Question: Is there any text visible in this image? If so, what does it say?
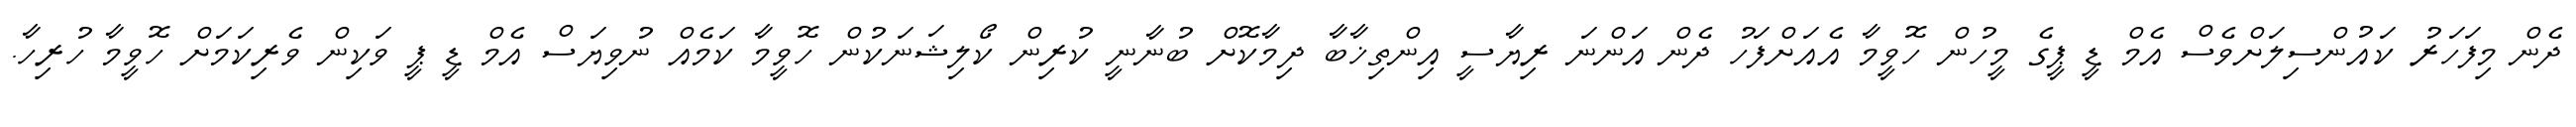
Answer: ދެން މިފަހަރު ކައުންސިލަށްވެސް އެމް ޑީ ޕީގެ މީހުން ހޮވީމާ އެއަށްފަހު ދެން އަންނަ ރިޔާސީ އިންތިޚާބާ ދިމާކޮށް ބުނާނީ ކުރިން ކޯލިޝަނަކުން ހޮވީމާ ކަމެއް ނުވިޔަސް އެމް ޑީ ޕީ ވަކިން ވެރިކަމަށް ހޮވީމާ ހުރިހާ.